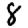
Digit: 8